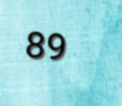
89